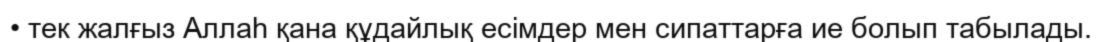
• тек жалғыз Аллаһ қана құдайлық есімдер мен сипаттарға ие болып табылады.